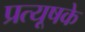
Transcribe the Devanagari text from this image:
प्रत्यूषके